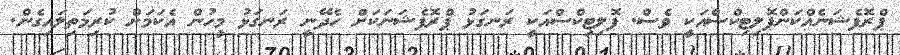
ޕްރޮފެޝަނެއްކަންޕޮލިޓިކްސްއަކީ ވެސް. ޕޮލިޓިކްސްއަކީ ރަނގަޅު ޕްރޮފެޝަނަކަށް ހެދޭނީ ރަނގަޅު މީހުން އެކަމަށް ކުރިމަތިލައިގެން.